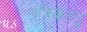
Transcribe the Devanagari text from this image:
तंत्रिकतंतु